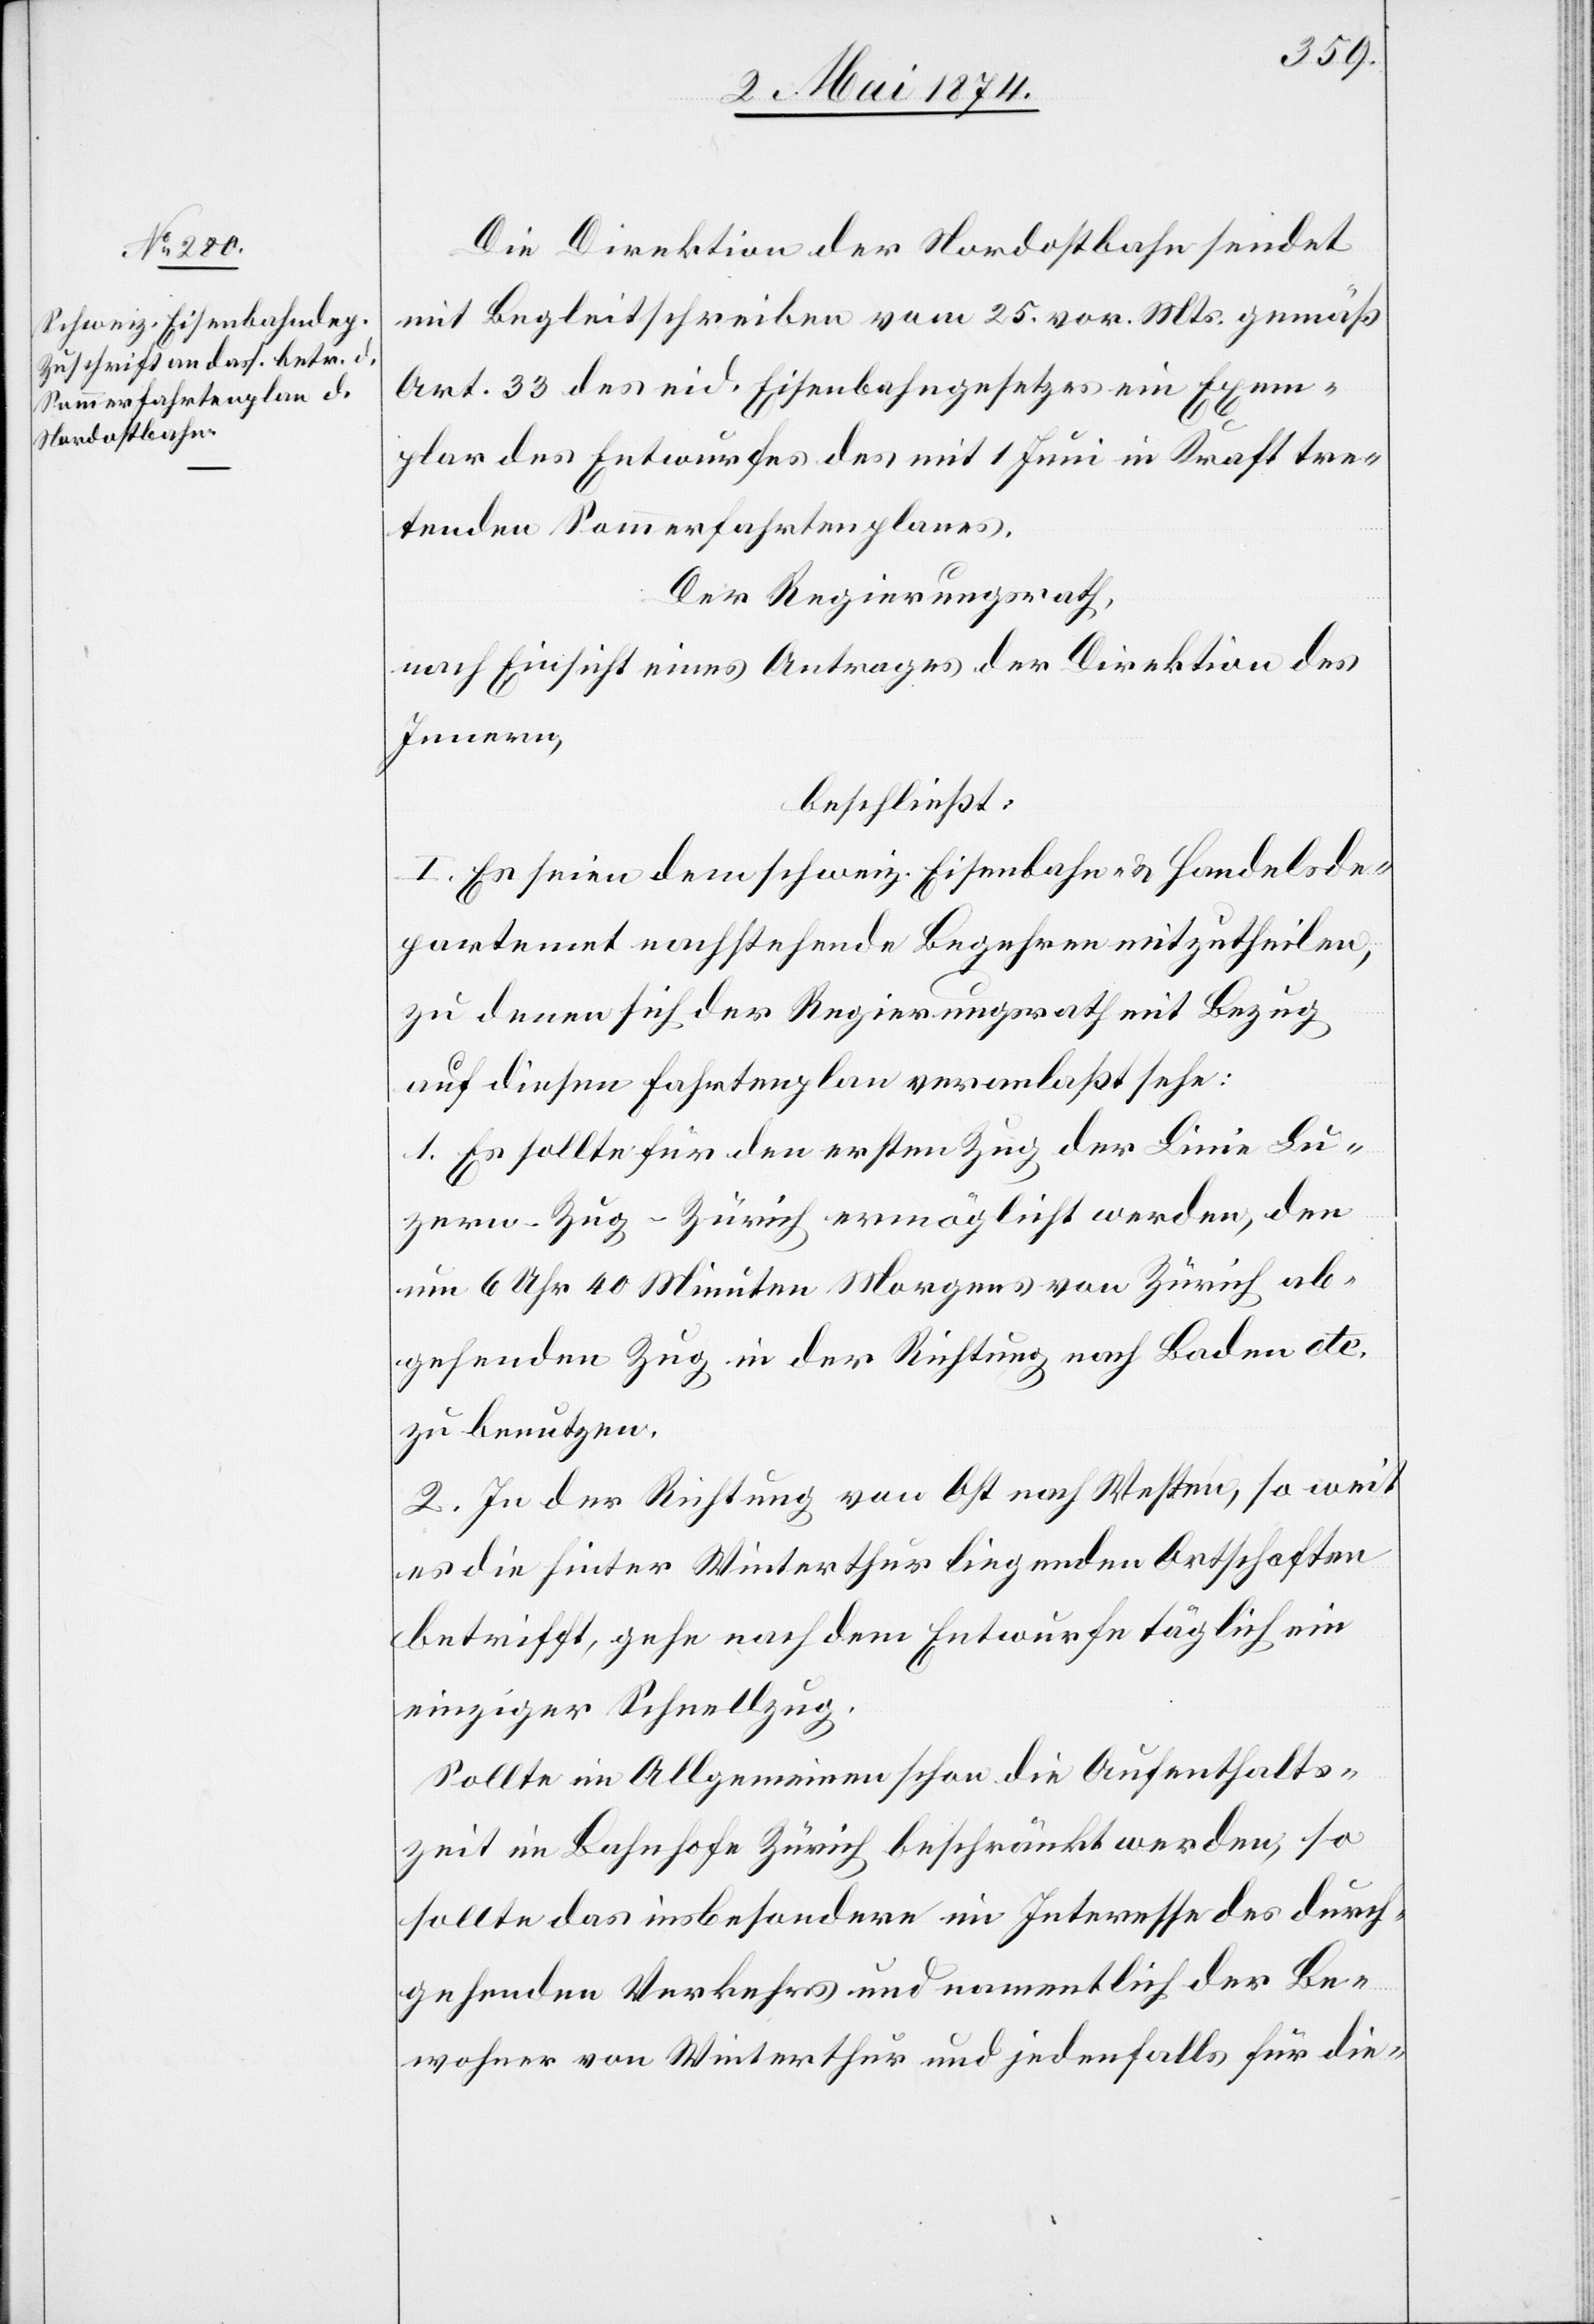
Die Direktion der Nordostbahn sendet
mit Begleitschreiben vom 25. vor. Mts. gemäß
Art. 33 des eid. Eisenbahngesetzes ein Exem¬
plar des Entwurfes des mit 1. Juni in Kraft tre¬
tenden Sommerfahrtenplanes.
Der Regierungsrath,
nach Einsicht eines Antrages der Direktion des
Innern,
beschließt:
I. Es seien dem schweiz. Eisenbahn- u. Handelsde¬
partement nachstehende Begehren mitzutheilen,
zu denen sich der Regierungsrath mit Bezug
auf diesen Fahrtenplan veranlaßt sehe:
1. Es sollte für den ersten Zug der Linie Lu¬
zern-Zug-Zürich ermöglicht werden, den
um 6 Uhr 40 Minuten morgens von Zürich ab¬
gehenden Zug in der Richtung nach Baden etc.
zu benutzen.
2. In der Richtung von Ost nach Westen, so weit
es die hinter Winterthur liegenden Ortschaften
betrifft, gehe nach dem Entwurfe täglich ein
einziger Schnellzug.
Sollte im Allgemeinen schon die Aufenthalts¬
zeit im Bahnhofe Zürich beschränkt werden, so
sollte das insbesondere im Interesse des durch¬
gehenden Verkehrs und namentlich der Be¬
wohner von Winterthur und jedenfalls für die-